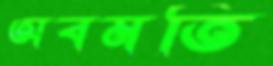
অবমতি